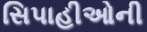
સિપાહીઓની